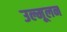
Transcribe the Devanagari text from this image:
उल्मूलन